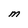
Character: M